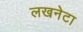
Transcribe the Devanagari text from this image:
लखनेटा